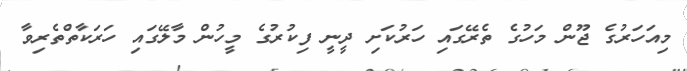
މިއަހަރުގެ ޖޫން މަހުގެ ތެރޭގައި ހަރުކަށި ދީނީ ފިކުރުގެ މީހުން މާލޭގައި ހަރަކާތްތެރިވާ